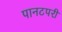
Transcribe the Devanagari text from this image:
पानटपरी